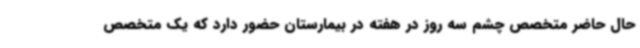
حال حاضر متخصص چشم سه روز در هفته در بیمارستان حضور دارد که یک متخصص